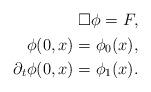
LaTeX: \begin{align*} \begin{aligned} \Box \phi = F, \\ \phi(0,x) = \phi_0 (x), \\ \partial_t \phi (0,x) = \phi_1 (x).\end{aligned}\end{align*}